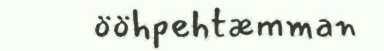
ööhpehtæmman